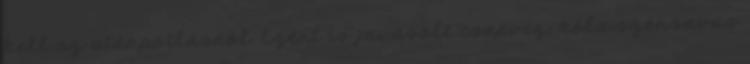
kell az utánpótlásról. Ezért is javasolt csapvíz, kóla szénsavas